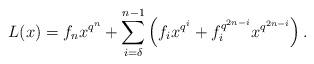
LaTeX: \begin{align*}L(x)=f_nx^{q^n}+\sum_{i=\delta}^{n-1}\left(f_ix^{q^i}+f_i^{q^{2n-i}}x^{q^{2n-i}}\right).\end{align*}